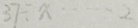
3 7 \div x \cdots 2